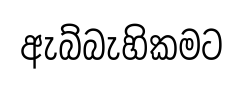
ඇබ්බැහිකමට